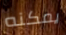
يمكنه